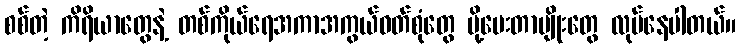
စစ်တဲ့ ကိရိယာတွေနဲ့ တစ်ကိုယ်ရေအကာအကွယ်ဝတ်စုံတွေ ပို့ပေးတာမျိုးတွေ လုပ်နေပါတယ်။